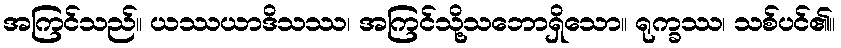
အကြင်သည်။ ယဿယာဒိသဿ၊ အကြင်သို့သဘောရှိသော။ ရုက္ခဿ၊ သစ်ပင်၏။